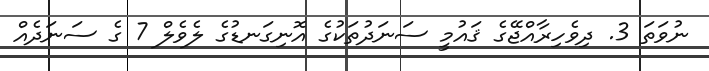
ނުވަތަ 3. ދިވެހިރާއްޖޭގެ ޤައުމީ ސަނަދުތަކުގެ އޮނިގަނޑުގެ ލެވެލް 7 ގެ ސަނަދެއް